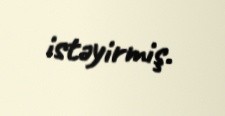
istəyirmiş.